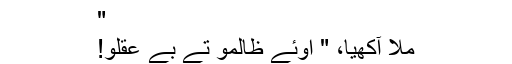
"
مُلا آکھیا، " اوئے ظالمو تے بے عقلو!